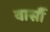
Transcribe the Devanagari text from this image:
वार्सौ